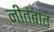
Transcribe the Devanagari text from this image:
नीतंबात